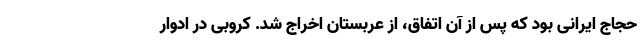
حجاج ایرانی بود که پس از آن اتفاق، از عربستان اخراج شد. کروبی در ادوار